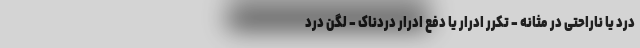
درد یا ناراحتی در مثانه - تکرر ادرار یا دفع ادرار دردناک - لگن درد